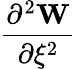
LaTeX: \frac{\partial^{2}\mathbf{W}}{\partial\xi^{2}}